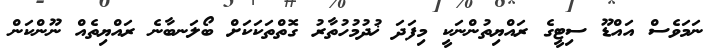
ނަމަވެސް އައްޑޫ ސިޓީގެ ރައްޔިތުންނަކީ މިފަދަ ޚުދުމުހުތާރު ގޮތްތަކަކަށް ބޯލަނބާނެ ރައްޔިތެއް ނޫންކަން